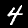
Digit: 4